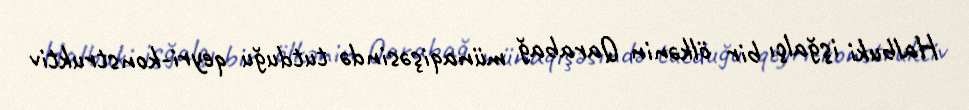
Halbuki işğalçı bir ölkənin Qarabağ münaqişəsində tutduğu qeyri-konstruktiv